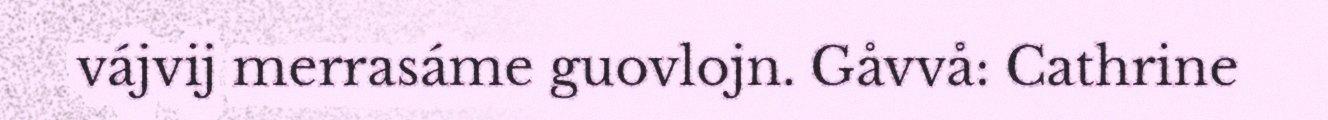
vájvij merrasáme guovlojn. Gåvvå: Cathrine